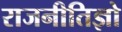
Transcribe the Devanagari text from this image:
राजनीतिज्ञो